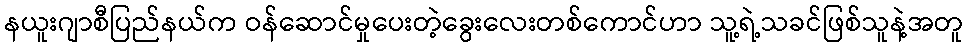
နယူးဂျာစီပြည်နယ်က ဝန်ဆောင်မှုပေးတဲ့ခွေးလေးတစ်ကောင်ဟာ သူ့ရဲ့သခင်ဖြစ်သူနဲ့အတူ